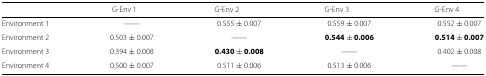
|  | G-Env 1 | G-Env 2 | G-Env 3 | G-Env 4 |
 | --- | --- | --- | --- | --- |
 | Environment 1 | —— | 0.555 ± 0.007 | 0.559 ± 0.007 | 0.552 ± 0.007 |
 | Environment 2 | 0.503 ± 0.007 | —— | 0.544 ± 0.006 | 0.514 ± 0.007 |
 | Environment 3 | 0.394 ± 0.008 | 0.430 ± 0.008 | —— | 0.402 ± 0.008 |
 | Environment 4 | 0.500 ± 0.007 | 0.511 ± 0.006 | 0.513 ± 0.006 | —— |